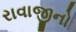
રાવાજીનો